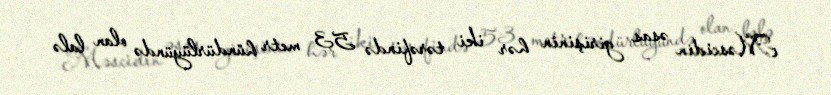
Məscidin əsas girişinin hər iki tərəfində 53 metr hündürlüyündə olan lalə